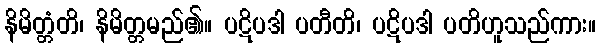
နိမိတ္တံတိ၊ နိမိတ္တမည်၏။ ပဋိပဒါ ပတီတိ၊ ပဋိပဒါ ပတိဟူသည်ကား။